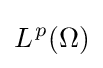
L^{\;\!p}(\Omega )